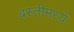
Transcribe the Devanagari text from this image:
बस्तीमध्ये